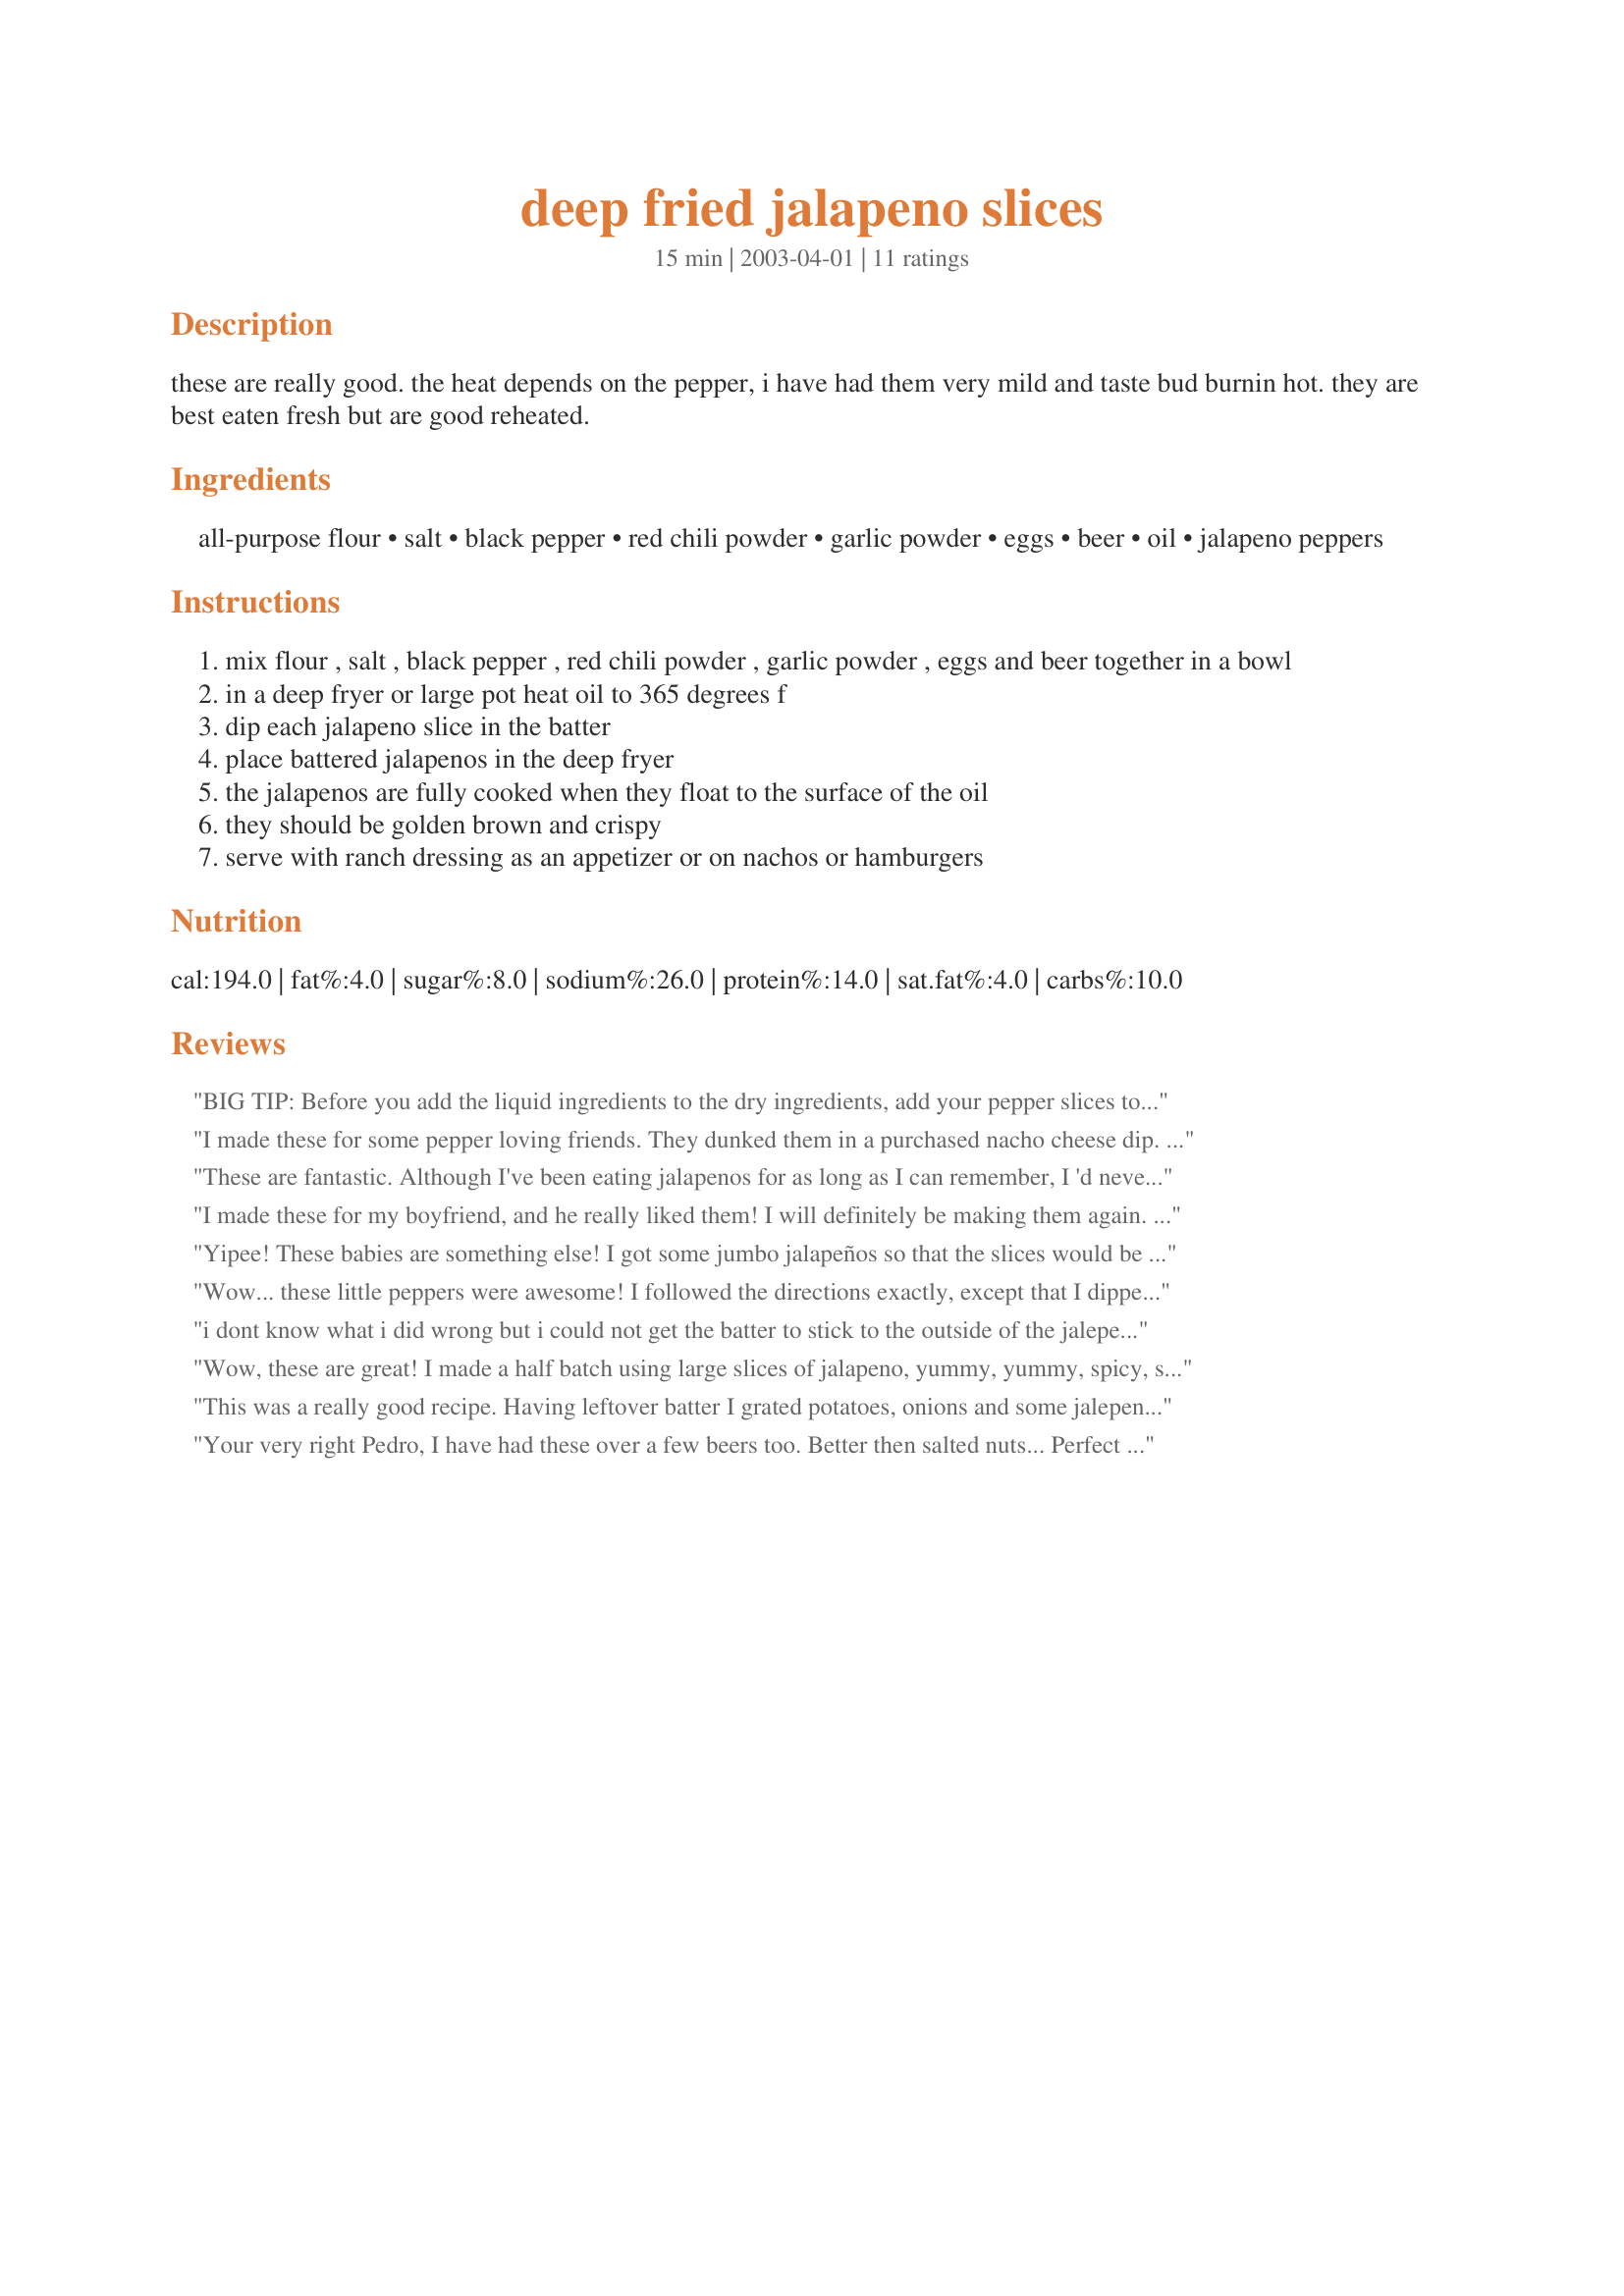
deep fried jalapeno slices
Preparation time: 15 minutes

these are really good. the heat depends on the pepper, i have had them very mild and taste bud burnin hot. they are best eaten fresh but are good reheated.

Ingredients:
all-purpose flour, salt, black pepper, red chili powder, garlic powder, eggs, beer, oil, jalapeno peppers

Steps:
mix flour , salt , black pepper , red chili powder , garlic powder , eggs and beer together in a bowl
in a deep fryer or large pot heat oil to 365 degrees f
dip each jalapeno slice in the batter
place battered jalapenos in the deep fryer
the jalapenos are fully cooked when they float to the surface of the oil
they should be golden brown and crispy
serve with ranch dressing as an appetizer or on nachos or hamburgers

Reviews:
BIG TIP: Before you add the liquid ingredients to the dry ingredients, add your pepper slices to the seasoned flour first! Shake them around to get them well coated. Remove the pepper slices from the flour, then add your wet ingredients to the flour mixture. This makes the batter stick to the peppers. We use a spicy ranch dressing to dip our's in. Delish!
I made these for some pepper loving friends. They dunked them in a purchased nacho cheese dip. Great appetizer to serve when people drop by for a few beers!
These are fantastic. Although I've been eating jalapenos for as long as I can remember, I 'd never had them sliced and fried for some reason. That has changed permanently, as I imagine these will become part of my snaking routine. The batter is very tasty and light and gives the peppers a great flavor. I ate them right out of the pan without any dip. We did have to thicken it a bit with a little more flour, but the chili powder and garlic powder really work well together. Thanks for posting this riff...
I made these for my boyfriend, and he really liked them! I will definitely be making them again. Great recipe!
Yipee! These babies are something else! I got some jumbo jalapeños so that the slices would be easier to work with. I used New Mexico Chimayo chile powder which has a wonderful sweetness (I think) to it. This recipe would be easy for one person to make, but it was so much fun to have DH help me make them. This recipe will have permanant place at cookouts. Thanks, riffraff for sharing this great recipe.
Wow... these little peppers were awesome! I followed the directions exactly, except that I dipped the pepper slices in flour first before dipping them in the batter. The extra flour seemed to help the batter stick to the pepper during frying. I used large jalapenos and they were hot, but we still ate them plain, right off the plate. However, these peppers would have been good dipped in ranch dressing or topped with melted cheddar cheese. Thanks Riff for a great recipe! I know we will be making these again!
i dont know what i did wrong but i could not get the batter to stick to the outside of the jalepeno slices...i ended up having to pack about a half a tsp to the cut sides & made little mini "jalepeno burgers"...they tasted great!
Wow, these are great! I made a half batch using large slices of jalapeno, yummy, yummy, spicy, spicy! I did sub water for the beer :)
This was a really good recipe. Having leftover batter I grated potatoes, onions and some jalepeno's in it and used it as a tempura batter. Very nice with Ranch Dressing!
Your very right Pedro, I have had these over a few beers too. Better then salted nuts... Perfect combination of heat and base combined with the beer is a sensation for the mouth!
Delish!!

I used a Michelob Amberboch for the beer and also used jumbo slices of jalapenos.

These are great dipped in ranch dressing.
